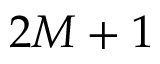
2 M + 1